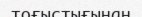
тоғыстығынан